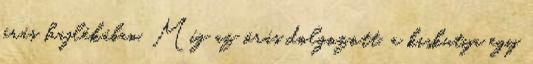
órás hajlékában. Míg az órás dolgozott, a kiskutya egy